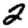
Digit: 2